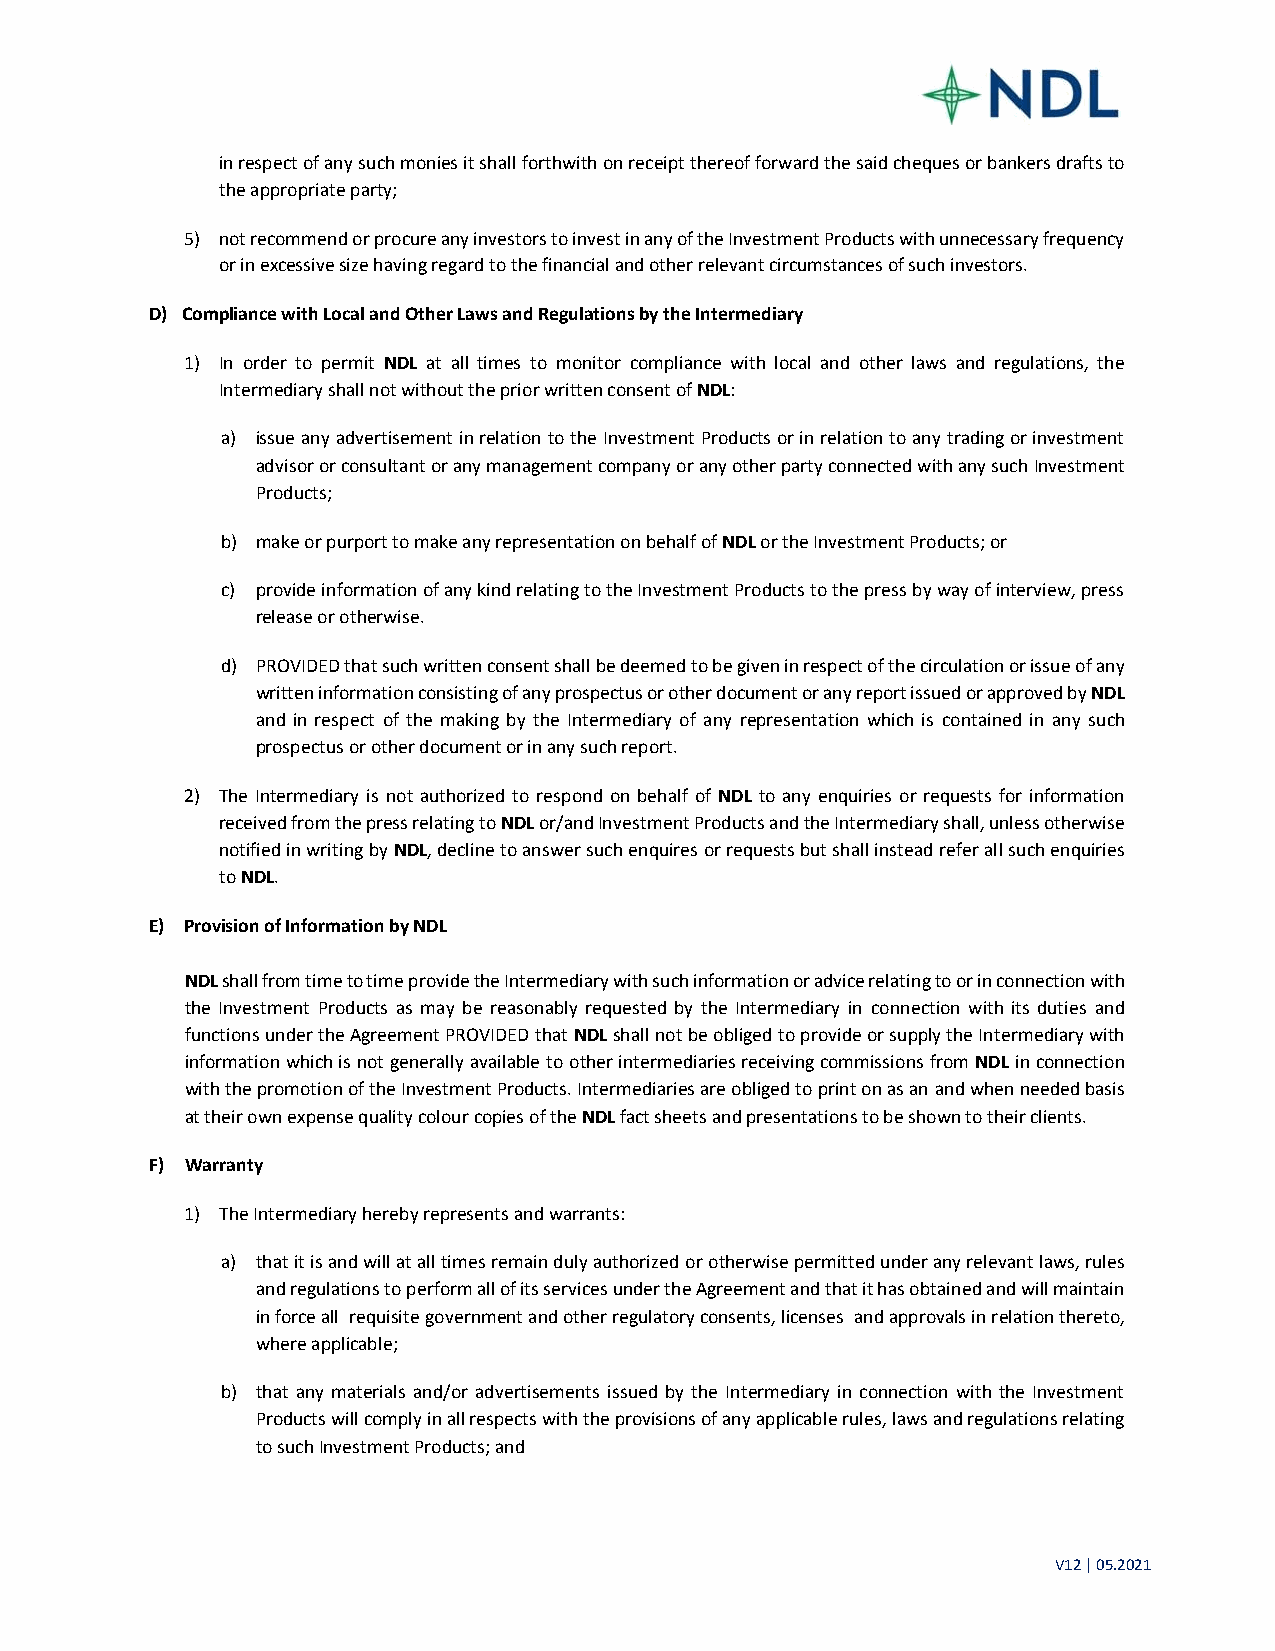
in respect of any such monies it shall forthwith on receipt thereof forward the said cheques or bankers drafts to
 the appropriate party;
 5) not recommend or procure any investors to invest in any of the Investment Products with unnecessary frequency
 or in excessive size having regard to the financial and other relevant circumstances of such investors.
 D) Compliance with Local and Other Laws and Regulations by the Intermediary
 1) In order to permit NDL at all times to monitor compliance with local and other laws and regulations, the
 Intermediary shall not without the prior written consent of NDL:
 a) issue any advertisement in relation to the Investment Products or in relation to any trading or investment
 advisor or consultant or any management company or any other party connected with any such Investment
 Products;
 b) make or purport to make any representation on behalf of NDL or the Investment Products; or
 c) provide information of any kind relating to the Investment Products to the press by way of interview, press
 release or otherwise.
 d) PROVIDED that such written consent shall be deemed to be given in respect of the circulation or issue of any
 written information consisting of any prospectus or other document or any report issued or approved by NDL
 and in respect of the making by the Intermediary of any representation which is contained in any such
 prospectus or other document or in any such report.
 2) The Intermediary is not authorized to respond on behalf of NDL to any enquiries or requests for information
 received from the press relating to NDL or/and Investment Products and the Intermediary shall, unless otherwise
 notified in writing by NDL, decline to answer such enquires or requests but shall instead refer all such enquiries
 to NDL.
 E) Provision of Information by NDL
 NDL shall from time to time provide the Intermediary with such information or advice relating to or in connection with
 the Investment Products as may be reasonably requested by the Intermediary in connection with its duties and
 functions under the Agreement PROVIDED that NDL shall not be obliged to provide or supply the Intermediary with
 information which is not generally available to other intermediaries receiving commissions from NDL in connection
 with the promotion of the Investment Products. Intermediaries are obliged to print on as an and when needed basis
 at their own expense quality colour copies of the NDL fact sheets and presentations to be shown to their clients.
 F) Warranty
 1) The Intermediary hereby represents and warrants:
 a) that it is and will at all times remain duly authorized or otherwise permitted under any relevant laws, rules
 and regulations to perform all of its services under the Agreement and that it has obtained and will maintain
 in force all requisite government and other regulatory consents, licenses and approvals in relation thereto,
 where applicable;
 b) that any materials and/or advertisements issued by the Intermediary in connection with the Investment
 Products will comply in all respects with the provisions of any applicable rules, laws and regulations relating
 to such Investment Products; and
 V12 | 05.2021